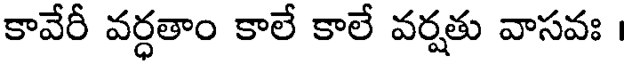
కావేరీ వర్ధతాం కాలే కాలే వర్షతు వాసవః